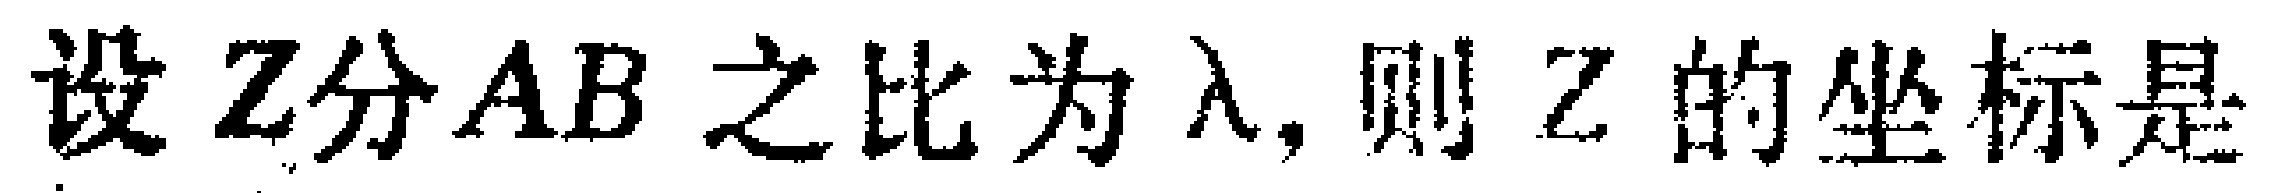
设 \(Z\)分\(AB\) 之比为 \(\lambda\)，则 \(Z\) 的坐标是